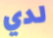
لدي